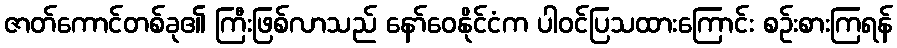
ဇာတ်ကောင်တစ်ခု၏ ကြီးဖြစ်လာသည် နော်ဝေနိုင်ငံက ပါဝင်ပြသထားကြောင်း စဉ်းစားကြရန်